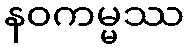
နဝကမ္မဿ